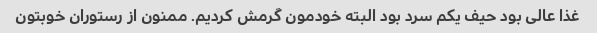
غذا عالی بود حیف یکم سرد بود البته خودمون گرمش کردیم. ممنون از رستوران خوبتون